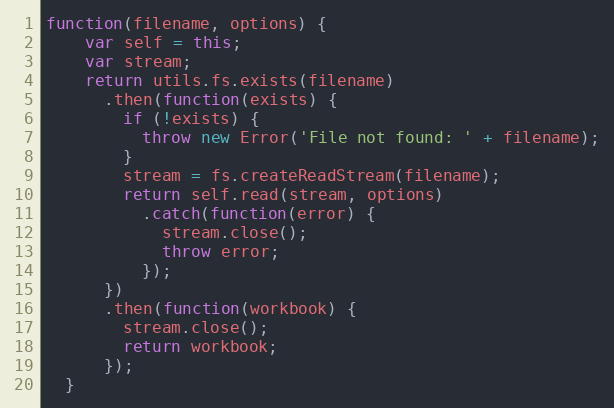
Language: JavaScript
function(filename, options) {
    var self = this;
    var stream;
    return utils.fs.exists(filename)
      .then(function(exists) {
        if (!exists) {
          throw new Error('File not found: ' + filename);
        }
        stream = fs.createReadStream(filename);
        return self.read(stream, options)
          .catch(function(error) {
            stream.close();
            throw error;
          });
      })
      .then(function(workbook) {
        stream.close();
        return workbook;
      });
  }